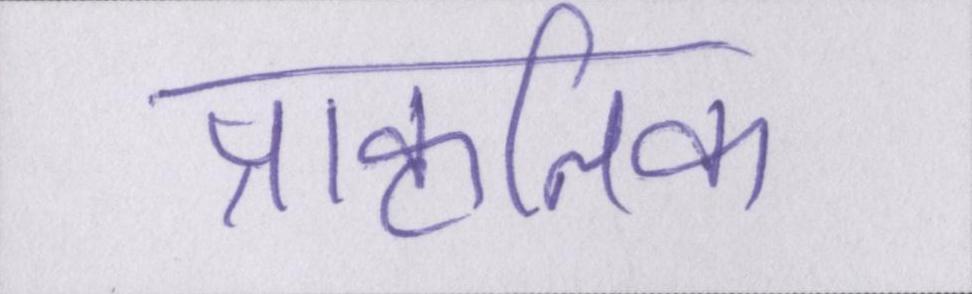
प्राकृतिक